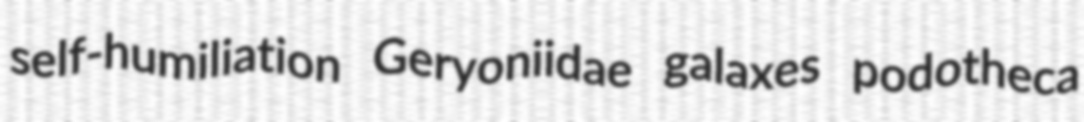
self-humiliation Geryoniidae galaxes podotheca